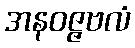
အနဝဇ္ဇဗလံ